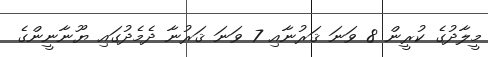
މީލާދުގެ ކުރީން 8 ވަނަ ޤަރުނާއި 7 ވަނަ ޤަރުނާ ދެމެދުގައި ޔޫނާނީންގެ